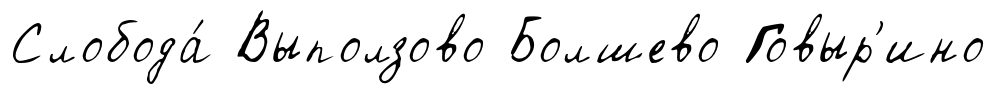
Слобода́ Выползово Болшево Говыр'ино